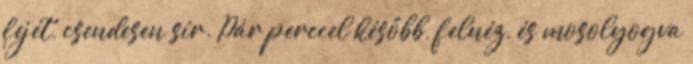
fejét, csendesen sír. Pár perccel később, felnéz, és mosolyogva